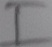
Text: I